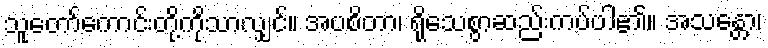
သူတော်ကောင်းတို့ကိုသာလျှင်။ အပစိတာ၊ ရိုသေစွာဆည်းကပ်ပါ၏။ အသန္တော၊